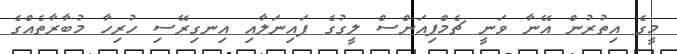
މީގެ އިތުރުން އޭނާ ވަނީ ޗެމްޕިއަންސް ލީގުގެ ފައިނަލާއި އިނގިރޭސި ހުރިހާ މުބާރާތެއްގެ